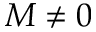
M \ne 0